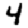
Digit: 4